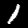
Digit: 1